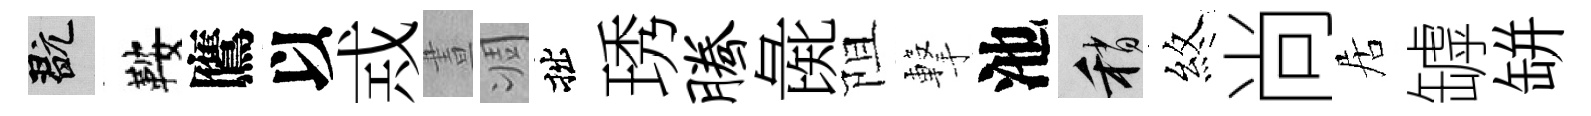
玩鞍鷹以𢦶晝凋拙琇腾彘阻撃池稍煞尚居罅缾